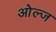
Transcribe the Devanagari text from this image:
ओल्ज